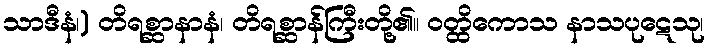
သာဒီနံ၊) တိရစ္ဆာနာနံ၊ တိရစ္ဆာန်ကြီးတို့၏။ ဝတ္ထိကောသ နာသပုဋေသု၊